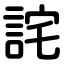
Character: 詫